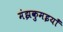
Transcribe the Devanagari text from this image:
मंझकुमइयाँ